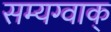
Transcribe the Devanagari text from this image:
सम्यग्वाक्